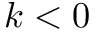
k < 0